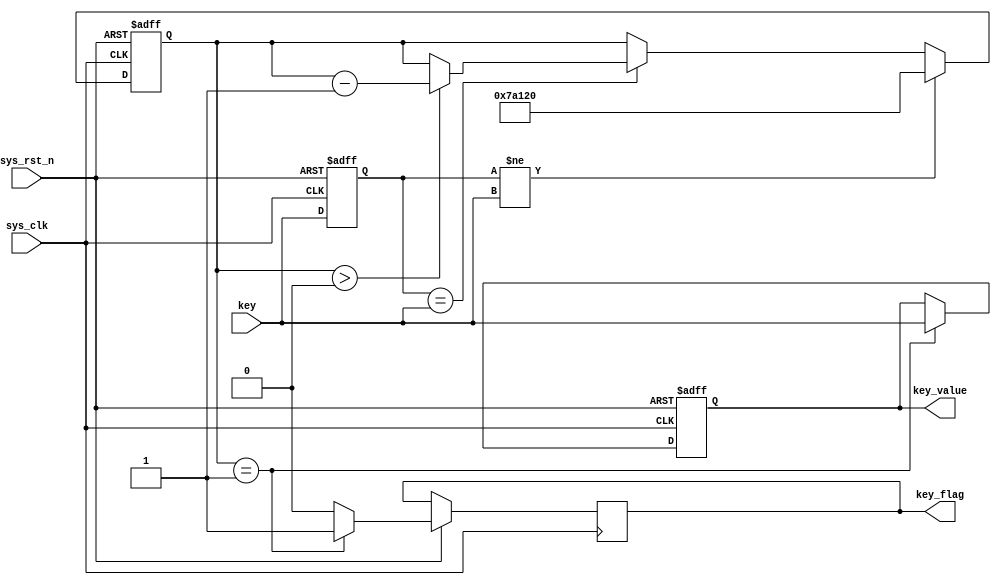
module key_debounce(
    input            sys_clk,          //50M
    input            sys_rst_n,        //
    
    input            key,              //
    output reg       key_flag,         //
	output reg       key_value         //  
    );

//reg define    
reg [31:0] delay_cnt;
reg        key_reg;

//*****************************************************
//**                    main code
//*****************************************************
always @(posedge sys_clk or negedge sys_rst_n) begin 
    if (!sys_rst_n) begin 
        key_reg   <= 1'b1;
        delay_cnt <= 32'd0;
    end
    else begin
        key_reg <= key;
        if(key_reg != key)             //()
            delay_cnt <= 32'd500000;   //20ms
        else if(key_reg == key) begin  //20ms
                 if(delay_cnt > 32'd0)
                     delay_cnt <= delay_cnt - 1'b1;
                 else
                     delay_cnt <= delay_cnt;
             end           
    end   
end

always @(posedge sys_clk or negedge sys_rst_n) begin 
    if (!sys_rst_n) begin 
       // key_flag  <= 1'b0;
        key_value <= 1'b1;          
    end
    else begin
        if(delay_cnt == 32'd1) begin   //120ms
            key_flag  <= 1'b1;         //
            key_value <= key;          //
        end
        else begin
            key_flag  <= 1'b0;
            key_value <= key_value; 
        end  
    end   
end
    
endmodule